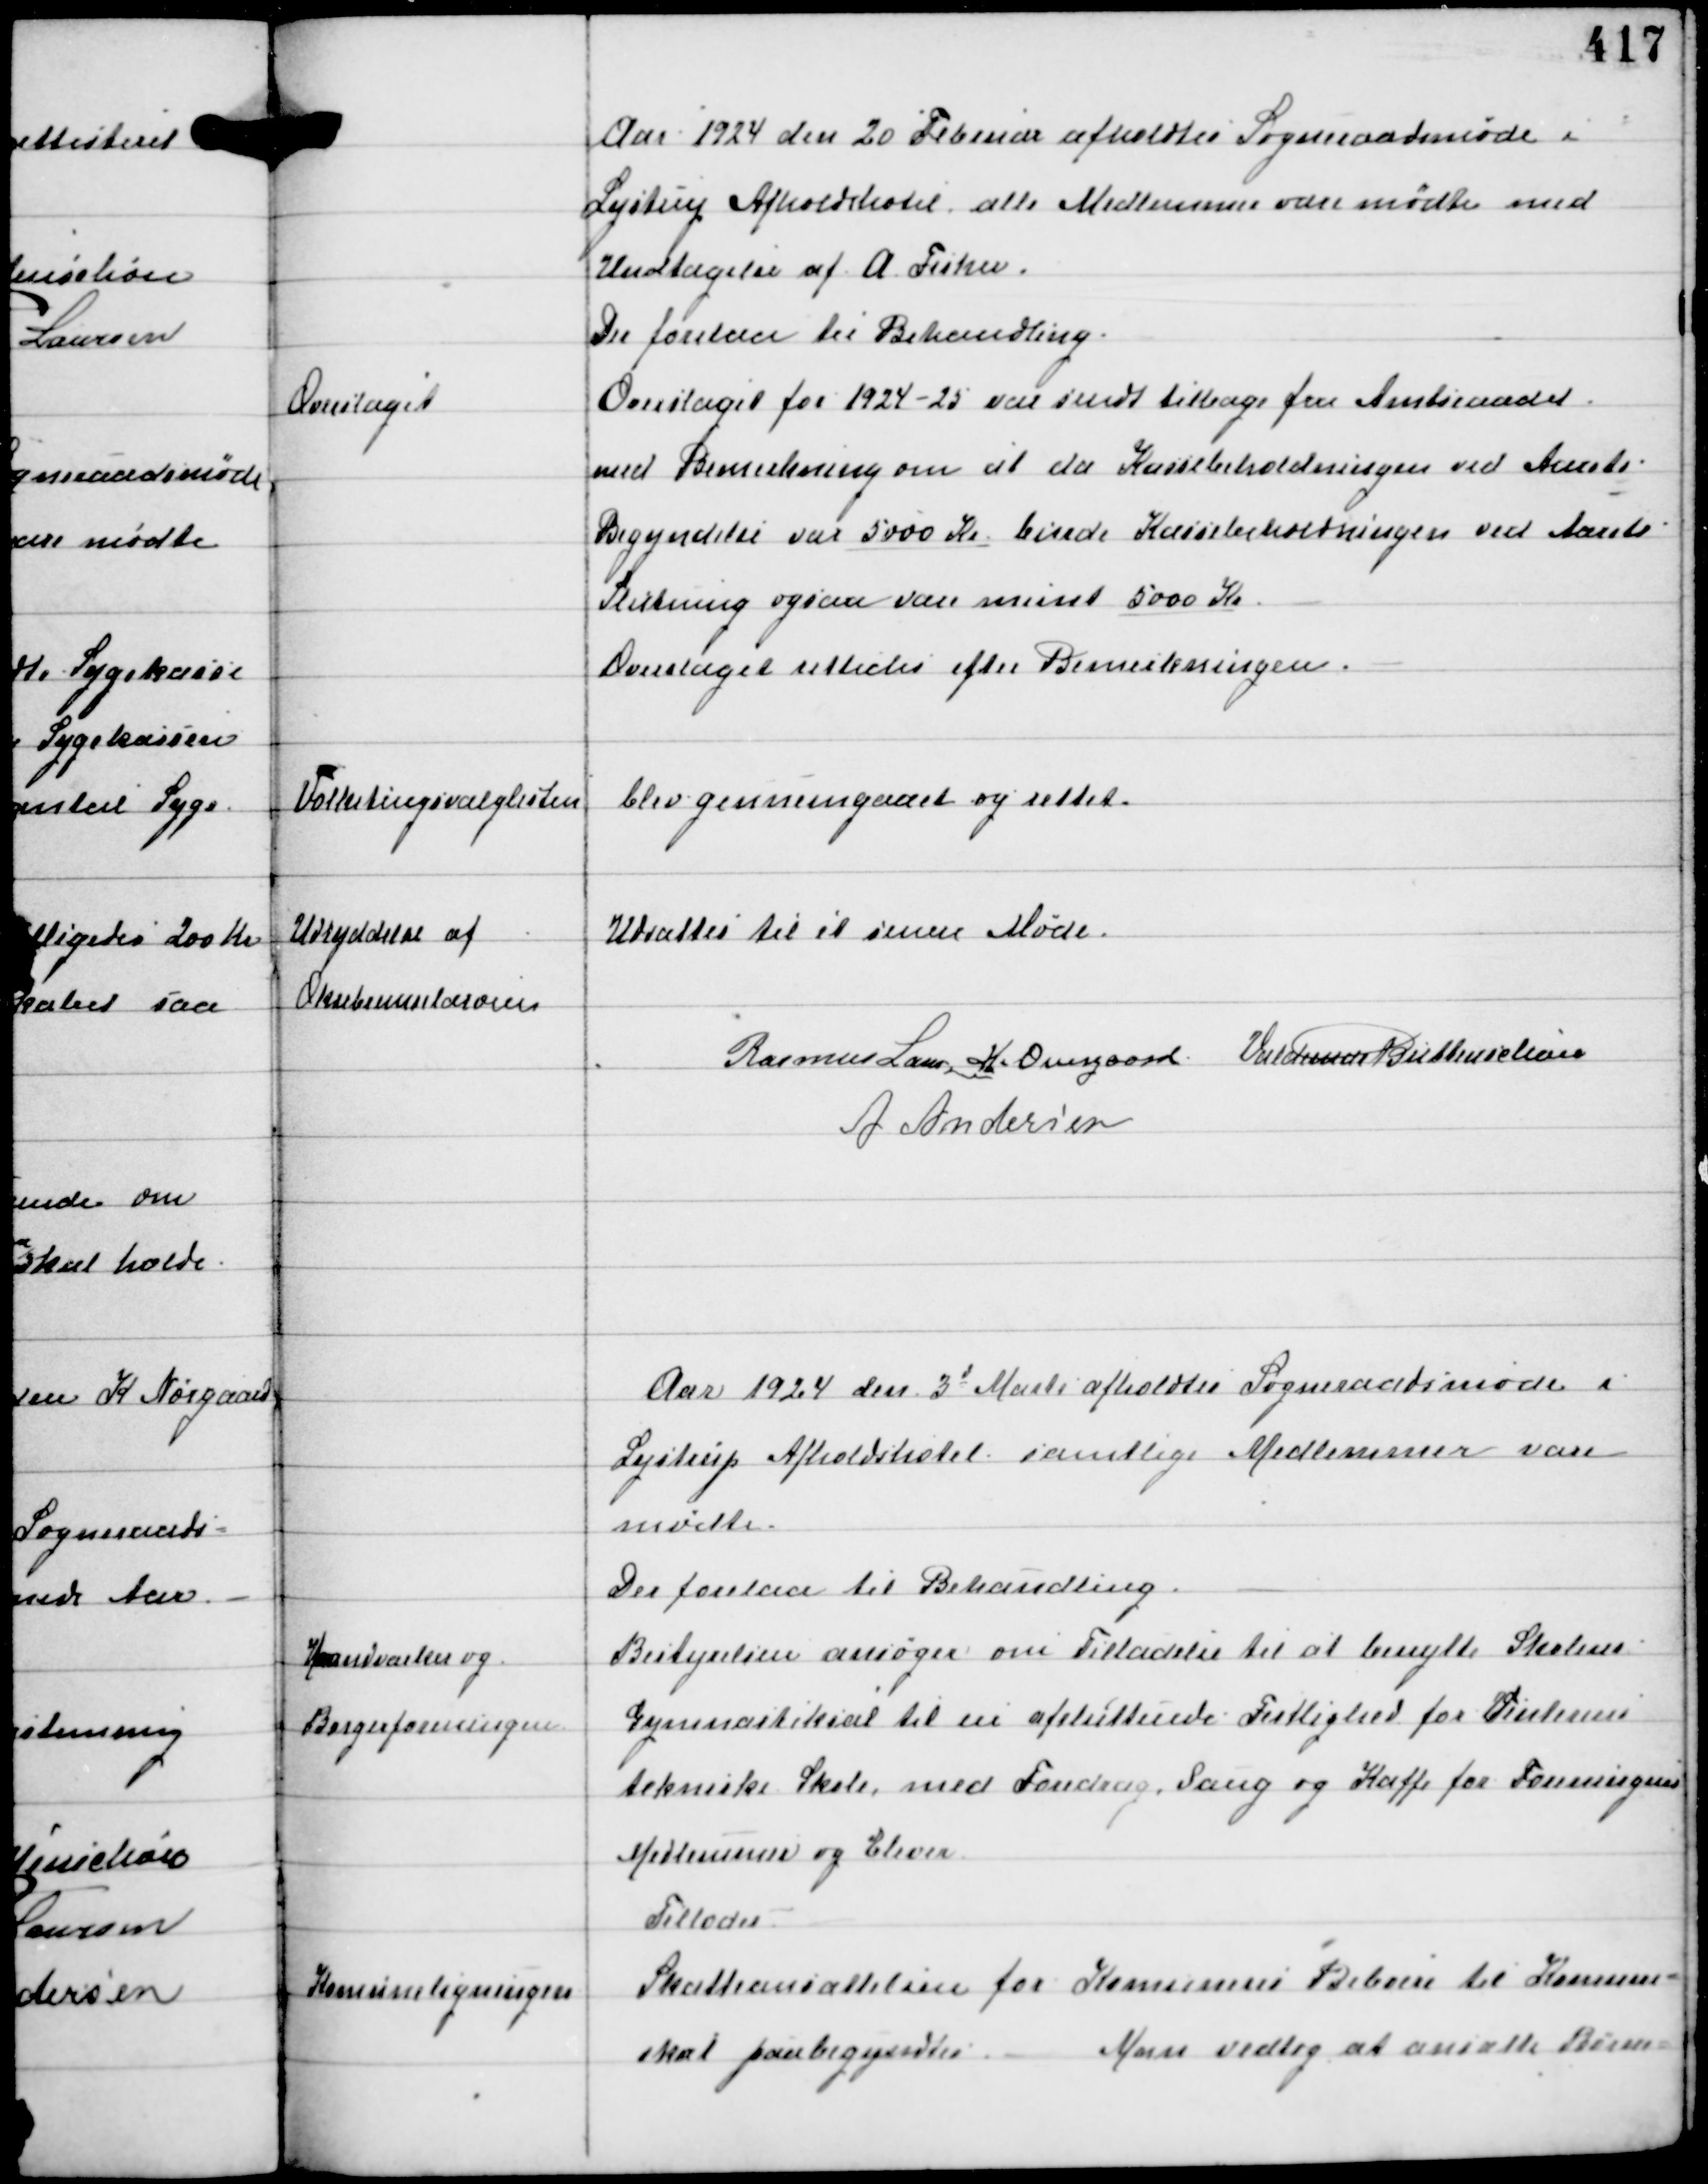
Transskription:
Aar 1924 den 20 Februar afholdtes Sogneraadsmøde i
Lystrup Afholdshotel alle Medlemmer vare mødte med
Undtagelse af A Fisker
Der forelaa til Behandling

Overslaget

Overslaget for 1924-25 var sendt tilbage fra Amtsraadet
med Bemærkning om at da Kassebeholdningen ved Aarets
Begyndelse var 5000 Kr burde Kassebeholdningen ved Aarets
Slutning ogsaa være minst 5000 Kr
Overslaget rettedes efter Bemærkningen.

Folketingsvalglisten

blev gennemgaaet og rettet.

Udryddelse af
Oksebremselarven

Udsattes til et senere Møde.

Rasmus Laursen H. Overgaard Vald Buttenschøn
A Andersen

Aar 1924 den 3d Marts afholdtes Sogneraadsmøde i
Lystrup Afholdshotel samtlige Medlemmer vare
mødte.
Der forelaa til Behandling.

Haandværker og
Borgerforeningen

Bestyrelsen ansøger om Tilladelse til at benytte Skolens
Gymnastiksal til en afsluttende Festlighed for Vinterens
tekniske Skole med Foredrag, Sang og Kaffe for Foreningens
Medlemmer og Elever.
Tillodes

Komuneligningen

Skatteansættelsen for Komunens Beboere til Komune-
skat paabegyndtes. Man vedtog at ansætte Børne-